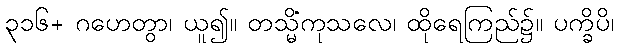
၃၁၆+ ဂဟေတွာ၊ ယူ၍။ တသ္မိံကုသလေ၊ ထိုရေကြည်၌။ ပက္ခိပိ၊